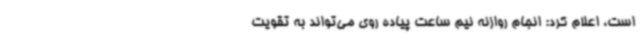
است، اعلام کرد: انجام روازنه نیم ساعت پیاده روی می‌تواند به تقویت